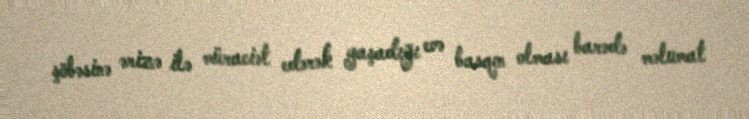
şöbəsinə ərizə ilə müraciət edərək yaşadığı evə basqın olması barədə məlumat